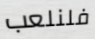
فلنلعب